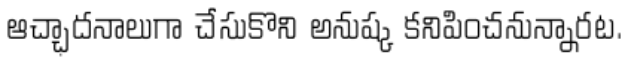
ఆచ్ఛాదనాలుగా చేసుకొని అనుష్క కనిపించనున్నారట.